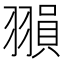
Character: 𦑰